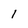
Character: I